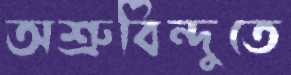
অশ্রুবিন্দুতে